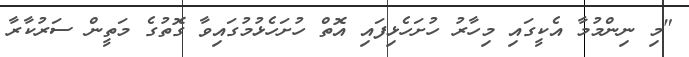
"މި ނިންމުމާ އެކީގައި މިހާރު ހުށަހެޅިފައި އޮތް ހުށަހެޅުމުގައިވާ ގޮތުގެ މަތީން ސަރުކާރާ